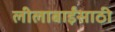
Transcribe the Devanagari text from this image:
लीलाबाईंसाठी